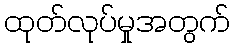
ထုတ်လုပ်မှုအတွက်